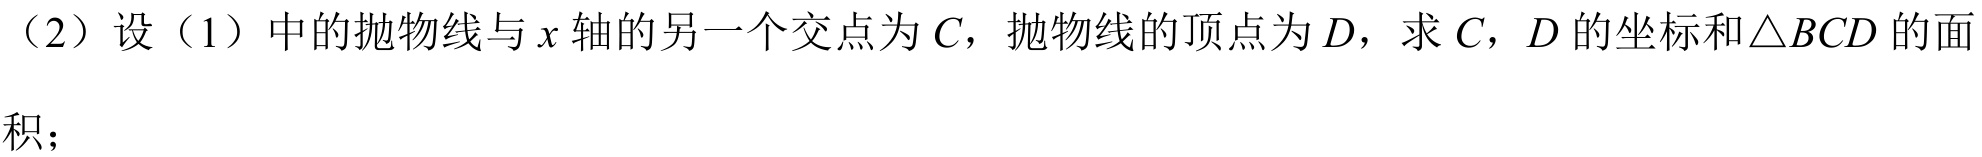
（2）设（1）中的抛物线与\(x\)轴的另一个交点为\(C\)，抛物线的顶点为\(D\)，求\(C\)，\(D\)的坐标和\(\triangle BCD\)的面
积；